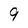
Character: 9